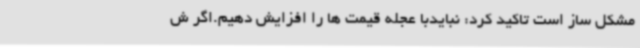
مشکل ساز است تاکید کرد: نبایدبا عجله قیمت ها را افزایش دهیم.اگر ش